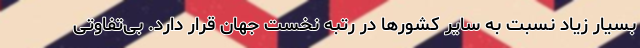
بسیار زیاد نسبت به سایر کشورها در رتبه نخست جهان قرار دارد. بی‌تفاوتی